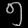
Digit: ၅